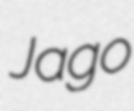
Jago